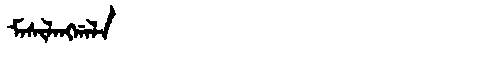
Manchu: ᠮᠠᠰᡳᠯᠠᠩᡤᠠᠯᠠ
Romanization: MASILANGGALA